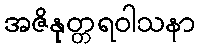
အဇိနုတ္တရဝါသနာ